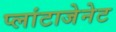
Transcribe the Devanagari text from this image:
प्लांटाजेनेट